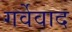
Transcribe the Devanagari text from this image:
गर्वेवाद